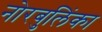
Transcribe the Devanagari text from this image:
नोरबुलिंका